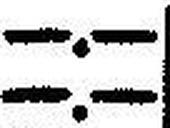
—.—